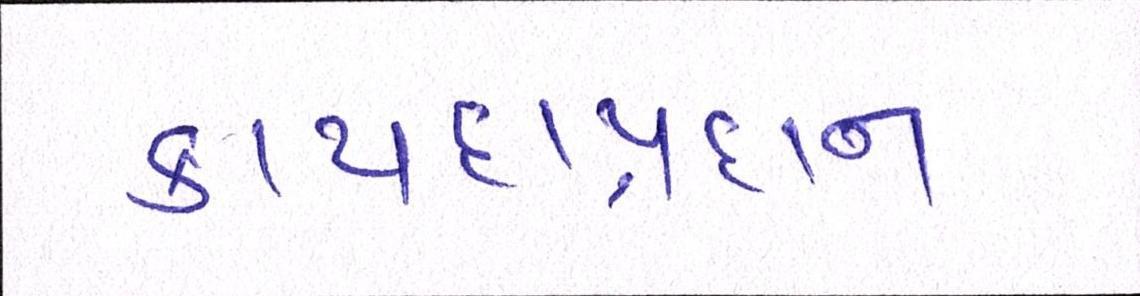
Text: કાયદાપ્રધાન